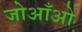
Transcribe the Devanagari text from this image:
जोआँओ